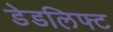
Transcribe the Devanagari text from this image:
डेडलिफ्ट